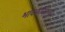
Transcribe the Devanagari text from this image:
भावकवितेच्या